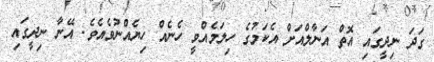
ގަދަ ނިދީގައި އޮތް އަނާލްއަށް އެކަމުގެ ހިލަމެއްވީ ހެނެއް ހިޔެއްނުވެއެވެ. އޭނާ ނިދީގައި